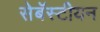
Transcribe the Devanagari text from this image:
सेबॅस्टीयन